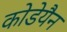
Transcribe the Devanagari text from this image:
कोडेयैन